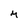
Character: M